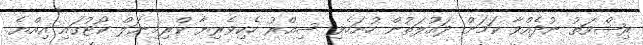
ރިޝްވަތު ނުދެއްވާ ކަމަށް ދައުލަތުން ހުށަހެޅި ސިއްރު ހެކިވެރިޔާ ކްރިމިނަލް ކޯޓުގައި އިއްޔެ